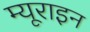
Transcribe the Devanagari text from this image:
म्यूराइन